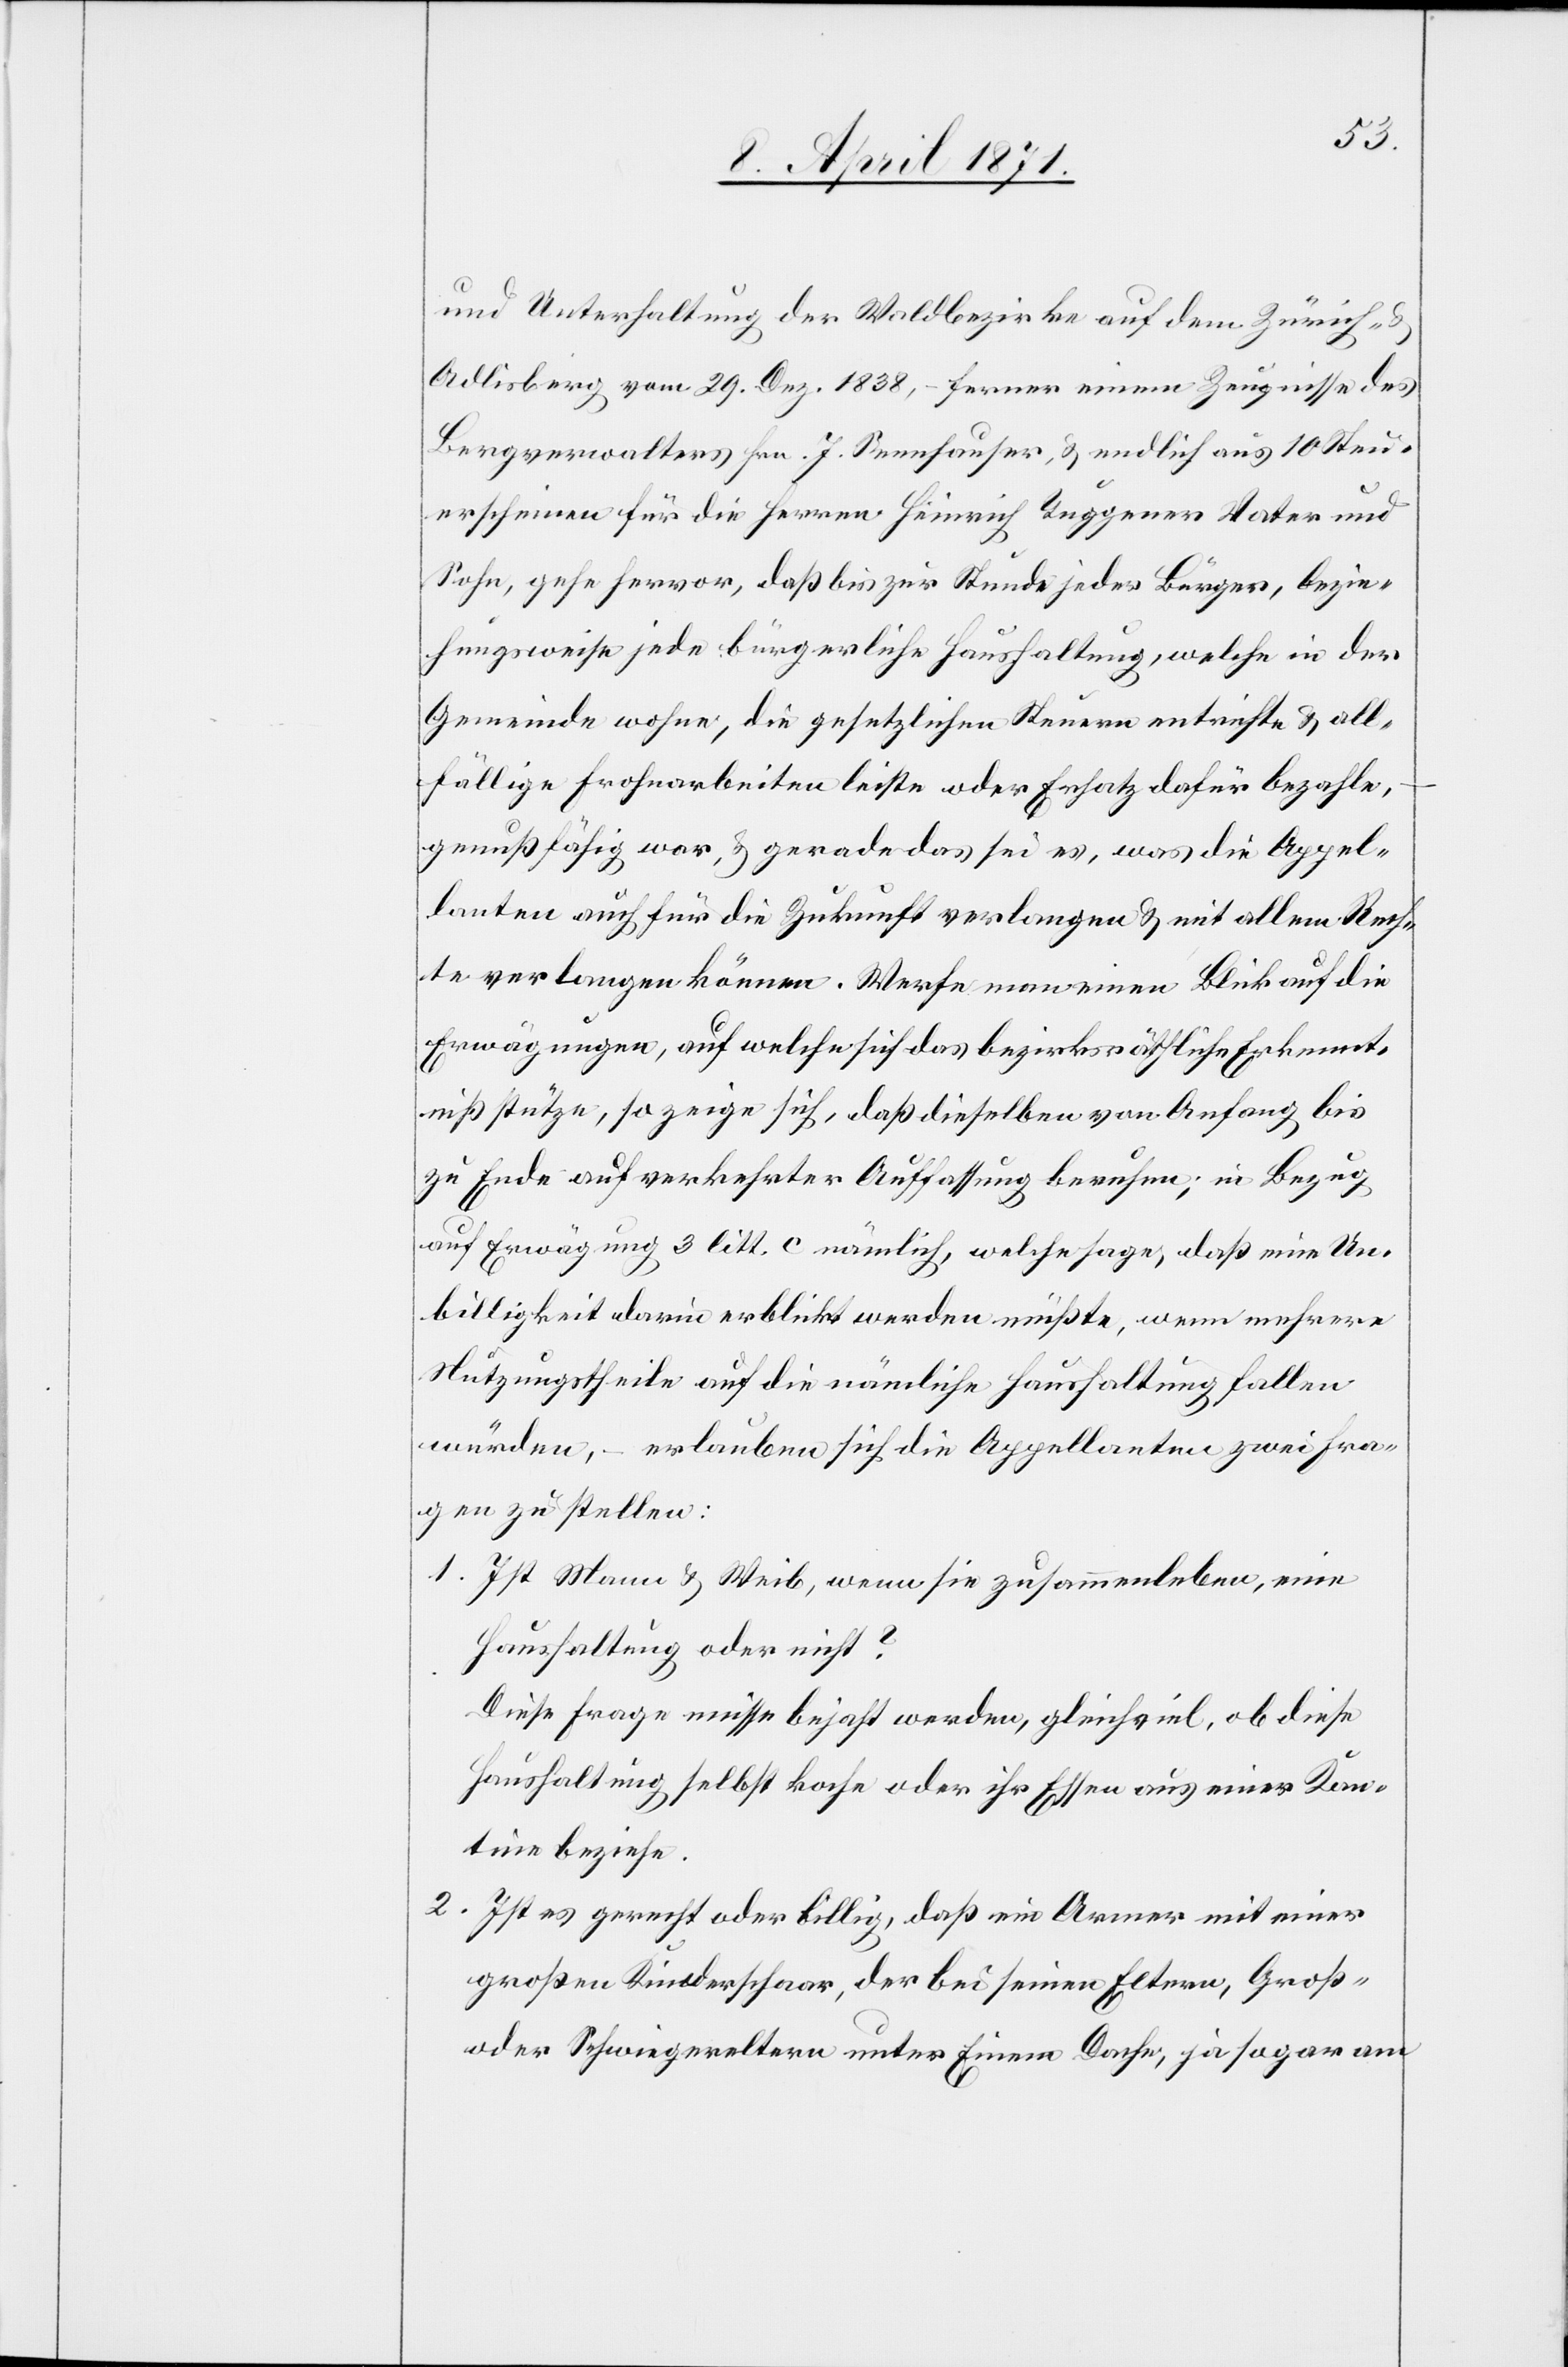
und Unterhaltung der Waldbezirke auf dem Zürich- u.
Adlisberg vom 29. Dez. 1838, – ferner einem Zeugnisse des
Bergverwalters Hrn. J. Sennhauser, u. endlich aus 10 Steu¬
erscheinen für die Herren Heinrich Tuggener Vater und
Sohn, geht hervor, daß bis zur Stunde jeder Bürger, bezie¬
hungsweise jede bürgerliche Haushaltung, welche in der
Gemeinde wohne, die gesetzlichen Steuern entrichte u. all¬
fällige Frohnarbeiten leiste oder Ersatz dafür bezahle,
genußfähig war, u. gerade das sei es, was die Appel¬
lanten auch für die Zukunft verlangen u. mit allem Rech¬
te verlangen können. Werfe man einen Blick auf die
Erwägungen, auf welche sich das bezirksräthliche Erkennt¬
niß stütze, so zeige sich, daß dieselben von Anfang bis
zu Ende auf verkehrter Auffassung beruhen; in Bezug
auf Erwägung 3 litt. c nämlich, welche sage, daß eine Un¬
billigkeit darin erblickt werden müßte, wem mehrere
Nutzungstheile auf die nämliche Haushaltung fallen
würden, – erlauben sich die Appellanten zwei Fra¬
gen zu stellen:
1. Ist Mann u. Weib, wenn sie zusammenleben, eine
Hauhaltung oder nicht?
Diese Frage müsse bejaht werden, gleichviel, ob diese
Haushaltung selbst koche oder ihr Essen aus einer Kan¬
tine beziehe.
2. Ist es gerecht oder billig, daß ein Armer mit einer
großen Kinderschaar, der bei seinen Eltern, Groß-
oder Schwiegereltern unter Einem Dache, ja sogar am